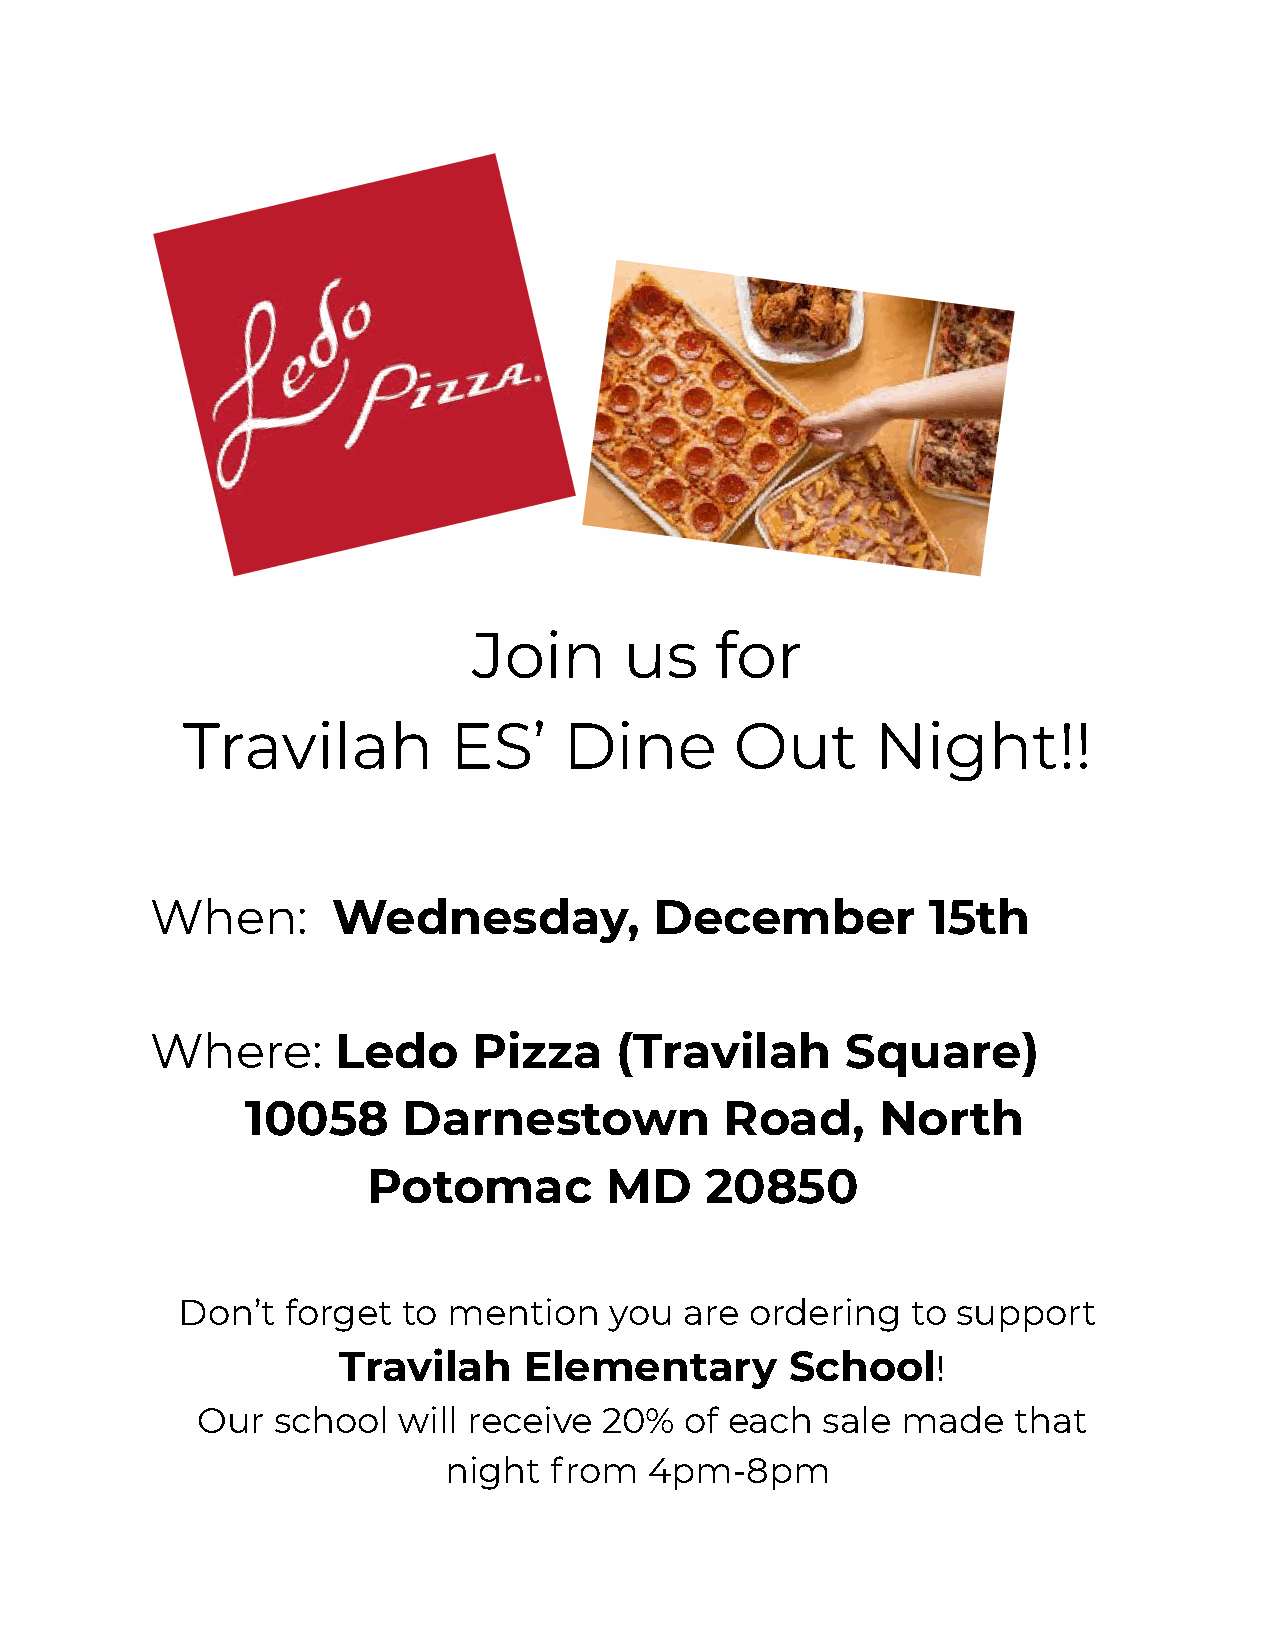
Join      us    for
 Travilah          ES’    Dine        Out      Night!!
 When:       Wednesday,           December           15th
 Where:      Ledo     Pizza     (Travilah      Square)
 10058      Darnestown           Road,     North
 Potomac         MD     20850
 Don’t  forget  to mention   you  are  ordering  to support
 Travilah     Elementary       School    !
 Our  school  will receive  20%  of each  sale  made   that
 night  from   4pm-8pm